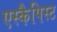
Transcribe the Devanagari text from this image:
एस्कैपिस्ट